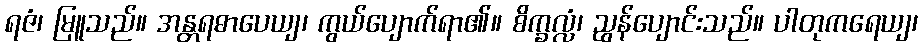
ရဇံ၊ မြူသည်။ အန္တရဓာပေယျ၊ ကွယ်ပျောက်ရာ၏။ စိက္ခလ္လံ၊ ညွန်ပျောင်းသည်။ ပါတုကရေယျ၊